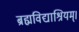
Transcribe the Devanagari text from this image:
ब्रह्मविद्याश्रियम्।